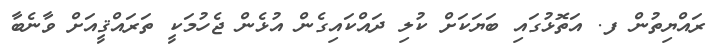
ރައްޔިތުން ފ. އަތޮޅުގައި ބަޔަކަށް ކުލި ދައްކައިގެން އުޅެން ޖެހުމަކީ ތަރައްްޤީއަށް ވާނެބާ